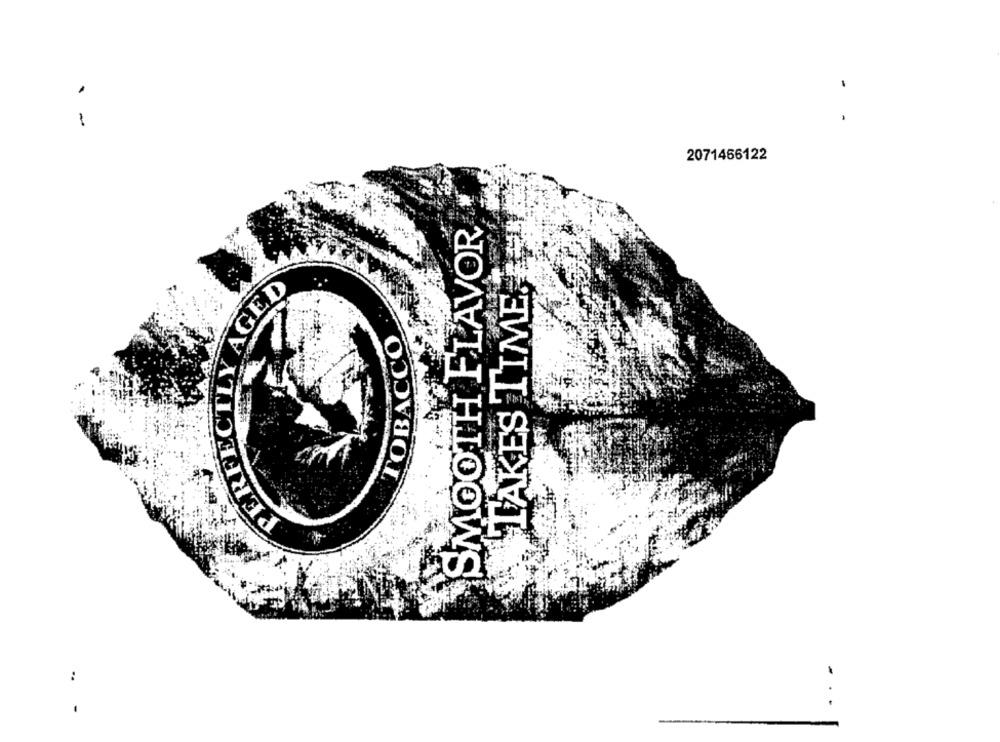
-
-
2071466122
SMOOTH FLAVOR
PERFECTLY AGED
TAKES TIME.
TOBACCO